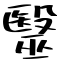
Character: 毉